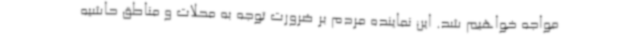
مواجه خواهیم شد. این نماینده مردم بر ضرورت توجه به محلات و مناطق حاشیه